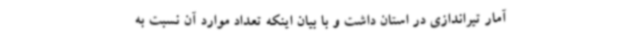
آمار تیراندازی در استان داشت و با بیان اینکه تعداد موارد آن نسبت به